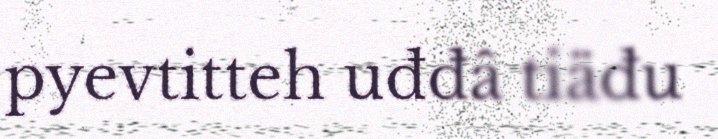
pyevtitteh uđđâ tiäđu